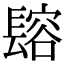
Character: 𨲟